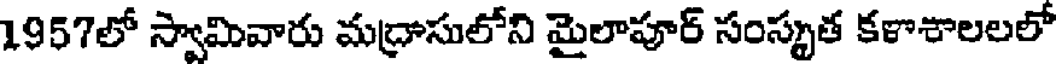
1957లో స్వామివారు మద్రాసులోని మైలాపూర్ సంస్కృత కళాశాలలలో